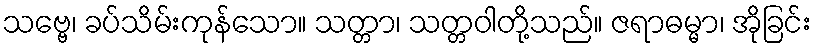
သဗ္ဗေ၊ ခပ်သိမ်းကုန်သော။ သတ္တာ၊ သတ္တဝါတို့သည်။ ဇရာဓမ္မာ၊ အိုခြင်း